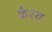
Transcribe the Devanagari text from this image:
केश्य